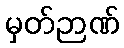
မှတ်ဉာဏ်